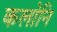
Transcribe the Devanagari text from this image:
कलोनि